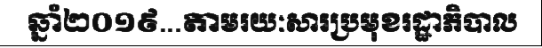
ឆ្នាំ២០១៩...តាមរយៈសារប្រមុខរដ្ឋាភិបាល